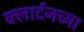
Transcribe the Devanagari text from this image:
क्लार्दनच्या